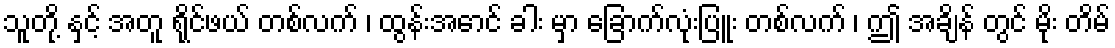
သူတို့ နှင့် အတူ ရိုင်ဖယ် တစ်လက် ၊ ထွန်းအောင် ခါး မှာ ခြောက်လုံးပြူး တစ်လက် ၊ ဤ အချိန် တွင် မိုး တိမ်